King Institute of Preventive Medicine Bacteriolog. Section reports 1907-08
Year: 1907
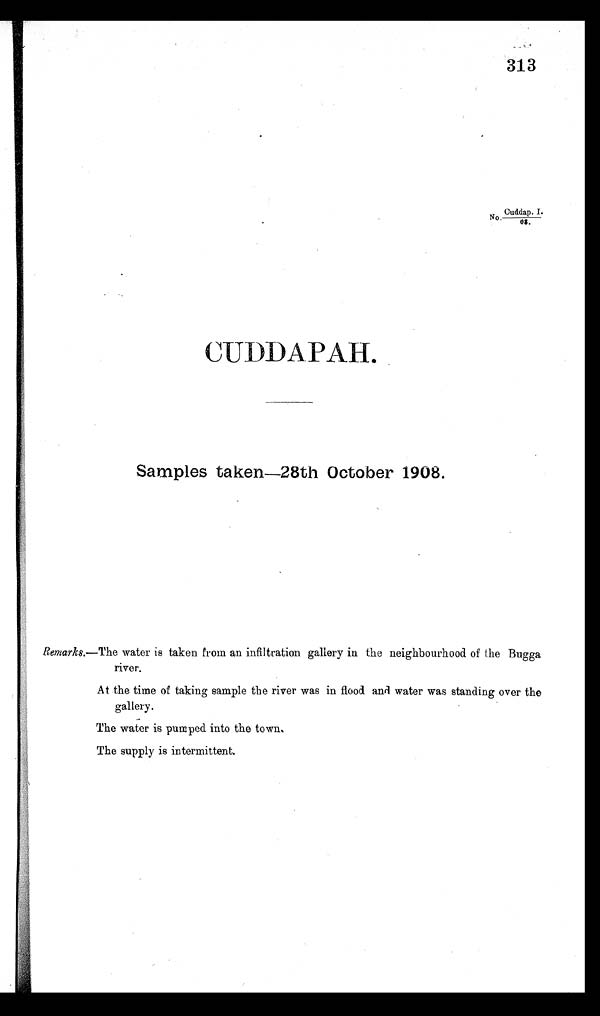
313
Cuddap.
.
.
No
I.
OS.
CUDDAPAH.
Samples taken 28thOctober 1908.
Remarks.—The water is taken from an infiltration gallery in the neighbourhood of the Bugga
river.
At the time of taking sample the river was in flood and water was standing over the
gallery.
T h e w a t e r i s p u m p e d i n t o t h e t o w n .
The supply is intermittent.